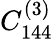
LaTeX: C_{144}^{(3)}